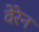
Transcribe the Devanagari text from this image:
वेरेन